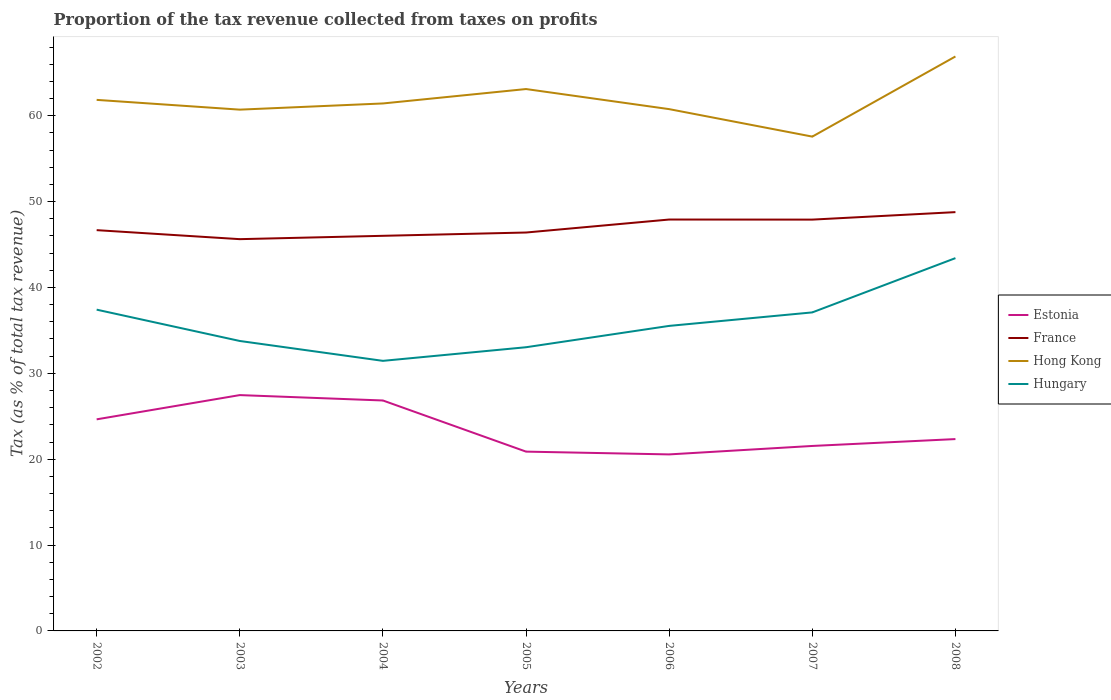
| Years | Estonia | France | Hong Kong | Hungary |
 | --- | --- | --- | --- | --- |
 | 2002 | 24.6 | 46.7 | 61.8 | 37.4 |
 | 2003 | 27.5 | 45.6 | 60.7 | 33.8 |
 | 2004 | 26.8 | 46 | 61.4 | 31.5 |
 | 2005 | 20.9 | 46.4 | 63.1 | 33 |
 | 2006 | 20.6 | 47.9 | 60.8 | 35.5 |
 | 2007 | 21.5 | 47.9 | 57.6 | 37.1 |
 | 2008 | 22.3 | 48.8 | 66.9 | 43.4 |